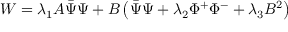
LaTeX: W = \lambda _ { 1 } A \bar { \Psi } \Psi + B \left( \bar { \Psi } \Psi + \lambda _ { 2 } \Phi ^ { + } \Phi ^ { - } + \lambda _ { 3 } B ^ { 2 } \right)